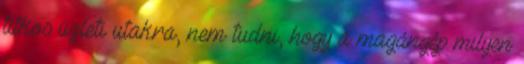
titkos üzleti utakra, nem tudni, hogy a magángép milyen